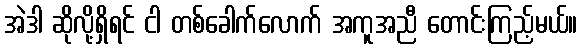
အဲဒါ ဆိုလို့ရှိရင် ငါ တစ်ခေါက်လောက် အကူအညီ တောင်းကြည့်မယ်။